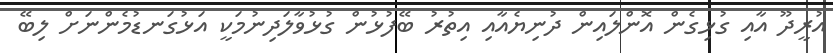
އުރީދޫ އާއި ގުޅިގެން އޮންލައިން ދުނިޔެއާއި އިތުރު ބޭފުޅުން ގުޅުވާލަދިނުމަކީ އަޅުގަނޑުމެންނަށް ލިބޭ